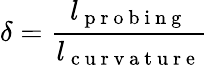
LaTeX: \delta=\frac{l_{\mathrm{~p~r~o~b~i~n~g~}}}{l_{\mathrm{~c~u~r~v~a~t~u~r~e~}}}